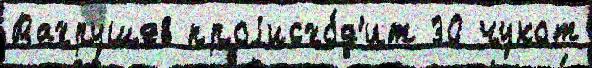
Вахрушев проjисхо́д'ит 30 чукот